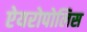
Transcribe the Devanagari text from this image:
ऐयरोपोलिस